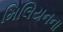
મિલિયનના